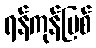
ရန်ကုန်မြစ်